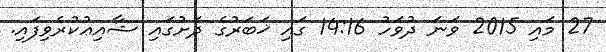
27 މައި 2015 ވަނަ ދުވަހު 14:16 ގައި ޚަބަރުގެ ދަށުގައި ޝާއިޢުކުރެވިފައި.